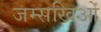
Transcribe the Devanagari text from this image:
जम्सखिओं